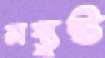
সস্তুষ্ট